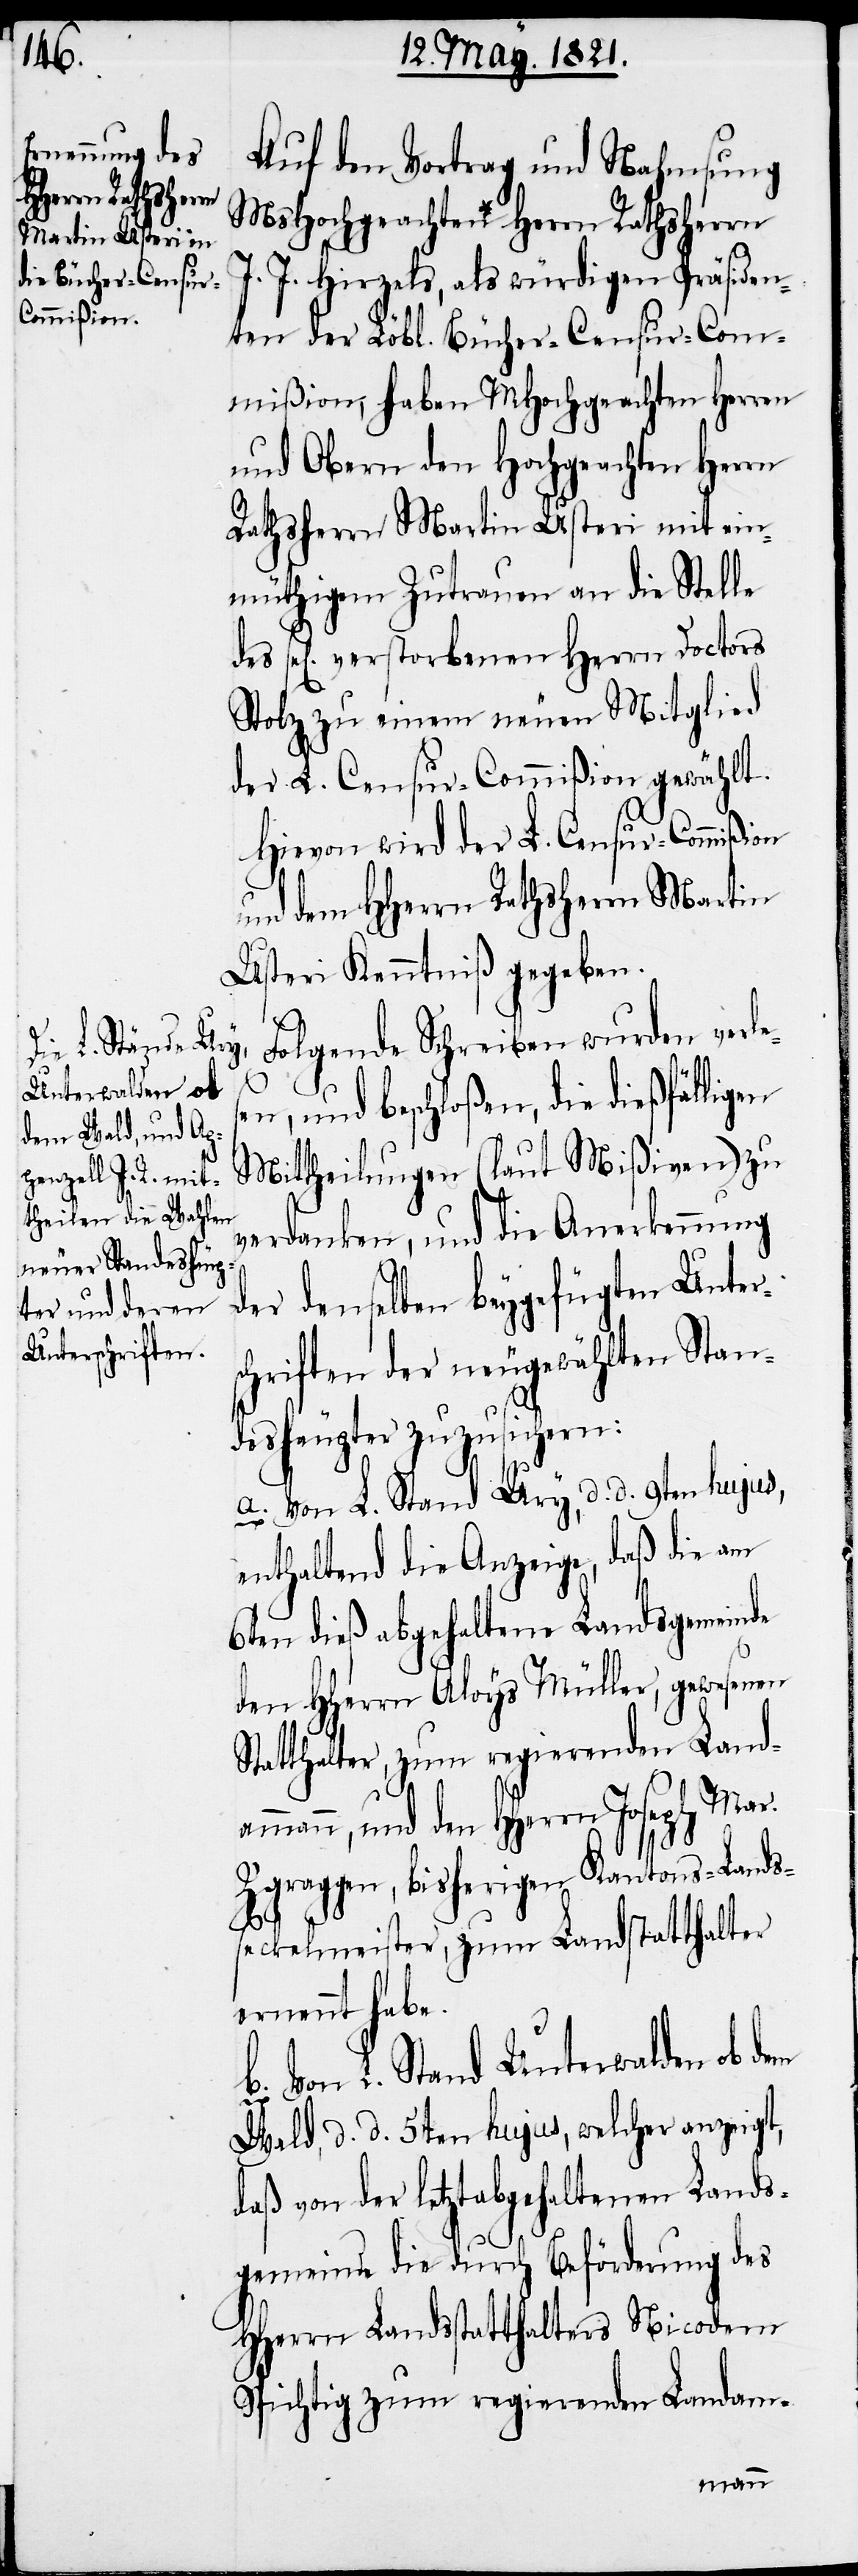
Auf den Vortrag und Nahmsung
MsHochgeachten Herrn Rathsherrn
J. Hirzels, als würdigen Präsiden¬
ten der Löbl. Bücher-Censur-Com¬
mißion, haben MHochgeachten Herren
und Obern den Hochgeachten Herrn
Rathsherrn Martin Usteri mit ein¬
müthigem Zutrauen an die Stelle
sel[ig] verstorbenen Herrn Doctors
Stolz zu einem neuen Mitglied
der L. Censur-Commißion gewählt.
Hievon wird der L. Censur-Commißion
und dem HHerrn Rathsherrn Martin
Usteri Kenntniß gegeben.
Folgende Schreiben wurden ver¬
en, und beschloßen, die dießfälligen
Mittheilungen (laut Mißiven) zu
verdanken, und die Anerkennung
der denselben beygefügten Unter¬
chriften der neugewählten Stan¬
deshäupter zuzusichern:
a. Von L. Stand Ury, d. d. 9ten hujus,
enthaltend die Anzeige, daß die am
6ten dieß abgehaltene Landsgemeinde
den HHerrn Aloys Müller, gewesenen
Statthalter, zum regierenden Land¬
ammann, und den HHerrn Joseph Mar.
Zgraggen, bisherigen Kantons-Lands¬
s¬
seckelmeister, zum Landstatthalter
ernennt habe.
b. Von L. Stand Unterwalden ob dem
Wald, d. d. 5ten hujus, welcher anzeigt,
daß von der letztabgehaltenen Lands¬
gemeinde die durch Beförderung des
HHerrn Landsstatthalters Nicodem
Spichtig zum regierenden Landam-